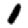
Digit: 1